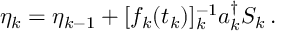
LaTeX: \eta _ { k } = \eta _ { k - 1 } + [ f _ { k } ( t _ { k } ) ] _ { k } ^ { - 1 } a _ { k } ^ { \dagger } S _ { k } \, .